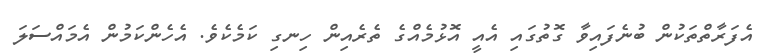
އެފަރާތްތަކުން ބުނެފައިވާ ގޮތުގައި އެއީ އޮޅުމެއްގެ ތެރެއިން ހިނގި ކަމެކެވެ. އެހެންކަމުން އެމައްސަލަ